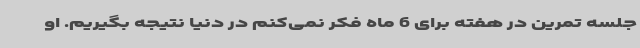
جلسه تمرین در هفته برای 6 ماه فکر نمی‌کنم در دنیا نتیجه بگیریم. او